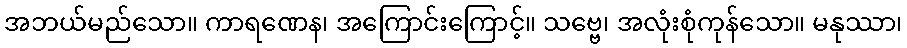
အဘယ်မည်သော။ ကာရဏေန၊ အကြောင်းကြောင့်။ သဗ္ဗေ၊ အလုံးစုံကုန်သော။ မနုဿာ၊